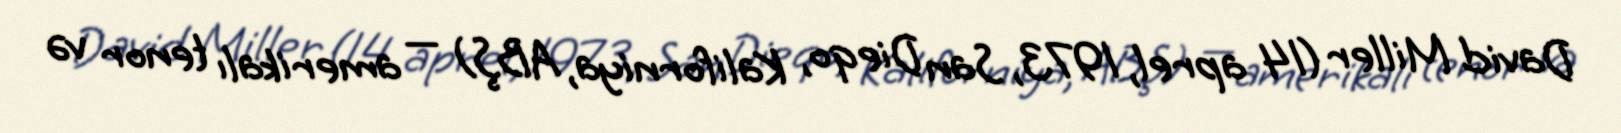
David Miller (14 aprel, 1973, San Dieqo, Kaliforniya, ABŞ) — amerikalı tenor və